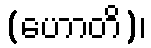
(ဟောတိ)၊